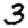
Digit: 3